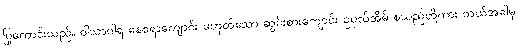
ပြုကောင်းသည်။ ဝါသာဂါရ နေစရာကျောင်း မဟုတ်သော ဆွမ်းစားကျောင်း ဥပုသ်အိမ် စသည်တို့ကား ဘယ်အခါမှ